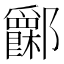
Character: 𨟧